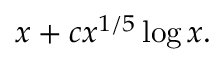
x + c x ^ { 1 / 5 } \log x .